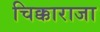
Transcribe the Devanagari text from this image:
चिक्काराजा